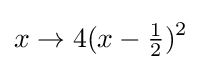
x\to 4(x-{\tfrac {1}{2}})^{2}